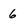
Character: 6